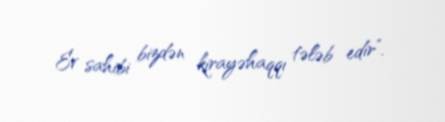
Ev sahibi bizdən kirayəhaqqı tələb edir”.